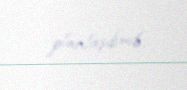
planlaşdırıb.